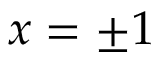
x = \pm 1